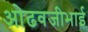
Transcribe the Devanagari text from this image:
ओढवजीभाई